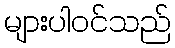
များပါဝင်သည်